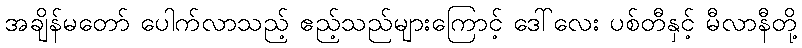
အချိန်မတော် ပေါက်လာသည့် ဧည့်သည်များကြောင့် ဒေါ်လေး ပစ်တီနှင့် မီလာနီတို့